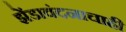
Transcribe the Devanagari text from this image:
झेंडावंदनाचाही